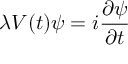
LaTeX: \lambda V ( t ) \psi = i \frac { \partial \psi } { \partial t }